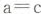
$$a = c$$